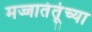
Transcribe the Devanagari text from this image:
मज्जातंतूंच्या